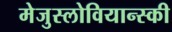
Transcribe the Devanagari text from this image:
मेजुस्लोवियान्स्की